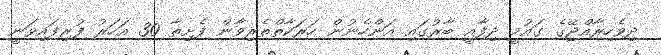
ދިވެހިރާއްޖޭގެ ގައުމީ ދިފާއީ ބާރުގައި އަންހެނުން ހަރަކާތްތެރިވާން ފެށިތާ 30 އަހަރު ފުރިފައިވަނީ